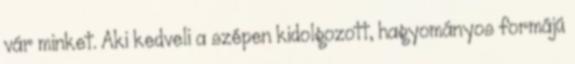
vár minket. Aki kedveli a szépen kidolgozott, hagyományos formájú